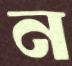
ন